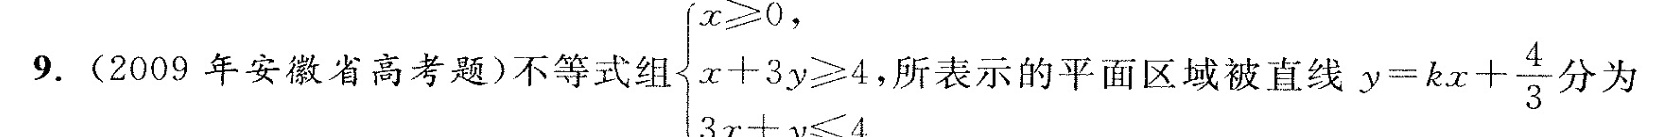
9.(2009年安徽省高考题)不等式组 $$\begin{cases} x \geqslant 0, \\\\ x+3y \geqslant 4 \\\\ 3x+y \leqslant 4. \end{cases}$$ 所表示的平面区域被直线 $$y=kx+ \frac{4}{3}$$ 分为